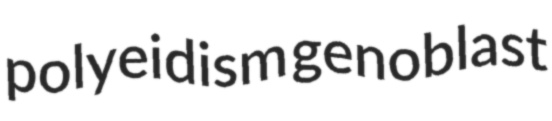
polyeidism genoblast